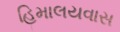
હિમાલયવાસ